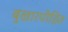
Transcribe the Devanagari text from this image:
बुखारपीड़ित